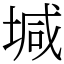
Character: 堿